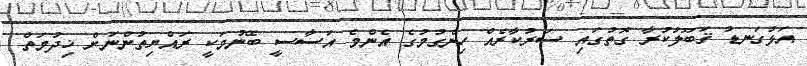
އަޅުގަނޑު ޤަބޫލުކުރާ ގޮތުގައި ސަރުކާރެއް ހިންގުމުގެ އެންމެ އަސާސީ ބޭނުމަކީ ރައްޔިތުންނަށް ޚިދުމަތް